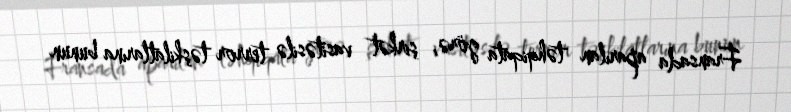
Fransada aparılan təhqiqata görə, şirkət vasitəsilə terror təşkilatlarına bunun